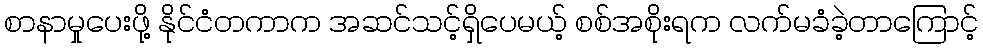
စာနာမှုပေးဖို့ နိုင်ငံတကာက အဆင်သင့်ရှိပေမယ့် စစ်အစိုးရက လက်မခံခဲ့တာကြောင့်